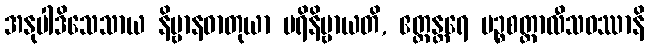
အနုပါဒိသေသာယ နိဗ္ဗာနဓာတုယာ ပရိနိဗ္ဗာယတိ, ဧတ္ထန္တရေ ပဉ္စစတ္တာလီသဝဿာနိ